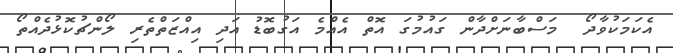
އެކަމަކުވާދޯ  މަސްބާނަށްދާން ގައުމުގަ އޮތް އެއްމެ އަގުބޮޑު އަދި އިއްޒަތްތެރި ލޯންޗުކޮޅުދެއްތޯ